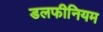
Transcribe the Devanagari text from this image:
डलफीनियम